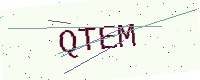
Text: QTEM